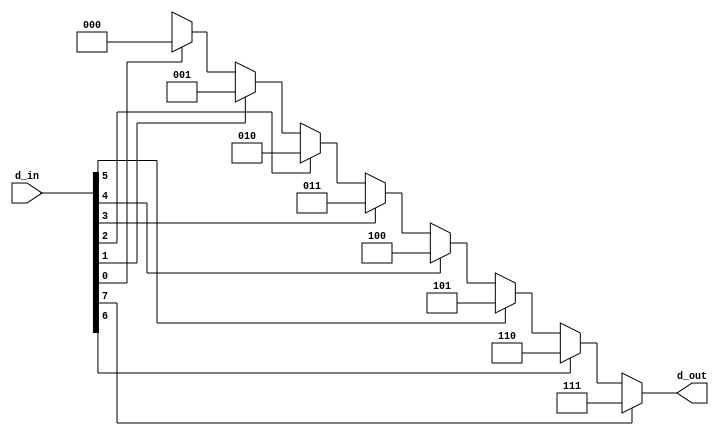
// Data flow  modeling 
`timescale 1ns/1ps
module prio_enco_8x3(d_out, d_in);

   output [2:0] d_out;
   input [7:0] d_in ;

assign d_out = (d_in[7] ==1'b1 ) ? 3'b111:
               (d_in[6] ==1'b1 ) ? 3'b110:
               (d_in[5] ==1'b1 ) ? 3'b101:
               (d_in[4] ==1'b1) ? 3'b100:
               (d_in[3] ==1'b1) ? 3'b011:
               (d_in[2] ==1'b1) ? 3'b010:
               (d_in[1] ==1'b1) ? 3'b001:
               (d_in[0] ==1'b1) ? 3'b000: 3'bxxx;

endmodule

// testbench

`timescale 1ns/1ps
module prio_enco_8x3_tst;
   reg [7:0] d_in;
   wire[2:0] d_out;

   prio_enco_8x3 u1 (.d_out(d_out), .d_in(d_in) );

   initial
     begin
    d_in=8'b11001100;
    #10;
    d_in=8'b01100110;
    #10;
    d_in=8'b00110011; 
    #10;
    d_in=8'b00010010;
    #10;
    d_in=8'b00001001;
    #10;
    d_in=8'b00000100;
    #10;
    d_in=8'b00000011;
    #10;
    d_in=8'b00000001;
    #10;
    d_in=8'b00000000;
    # 10; 
    $stop;
     end // initial begin
 endmodule